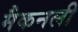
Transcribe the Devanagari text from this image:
मैकनली